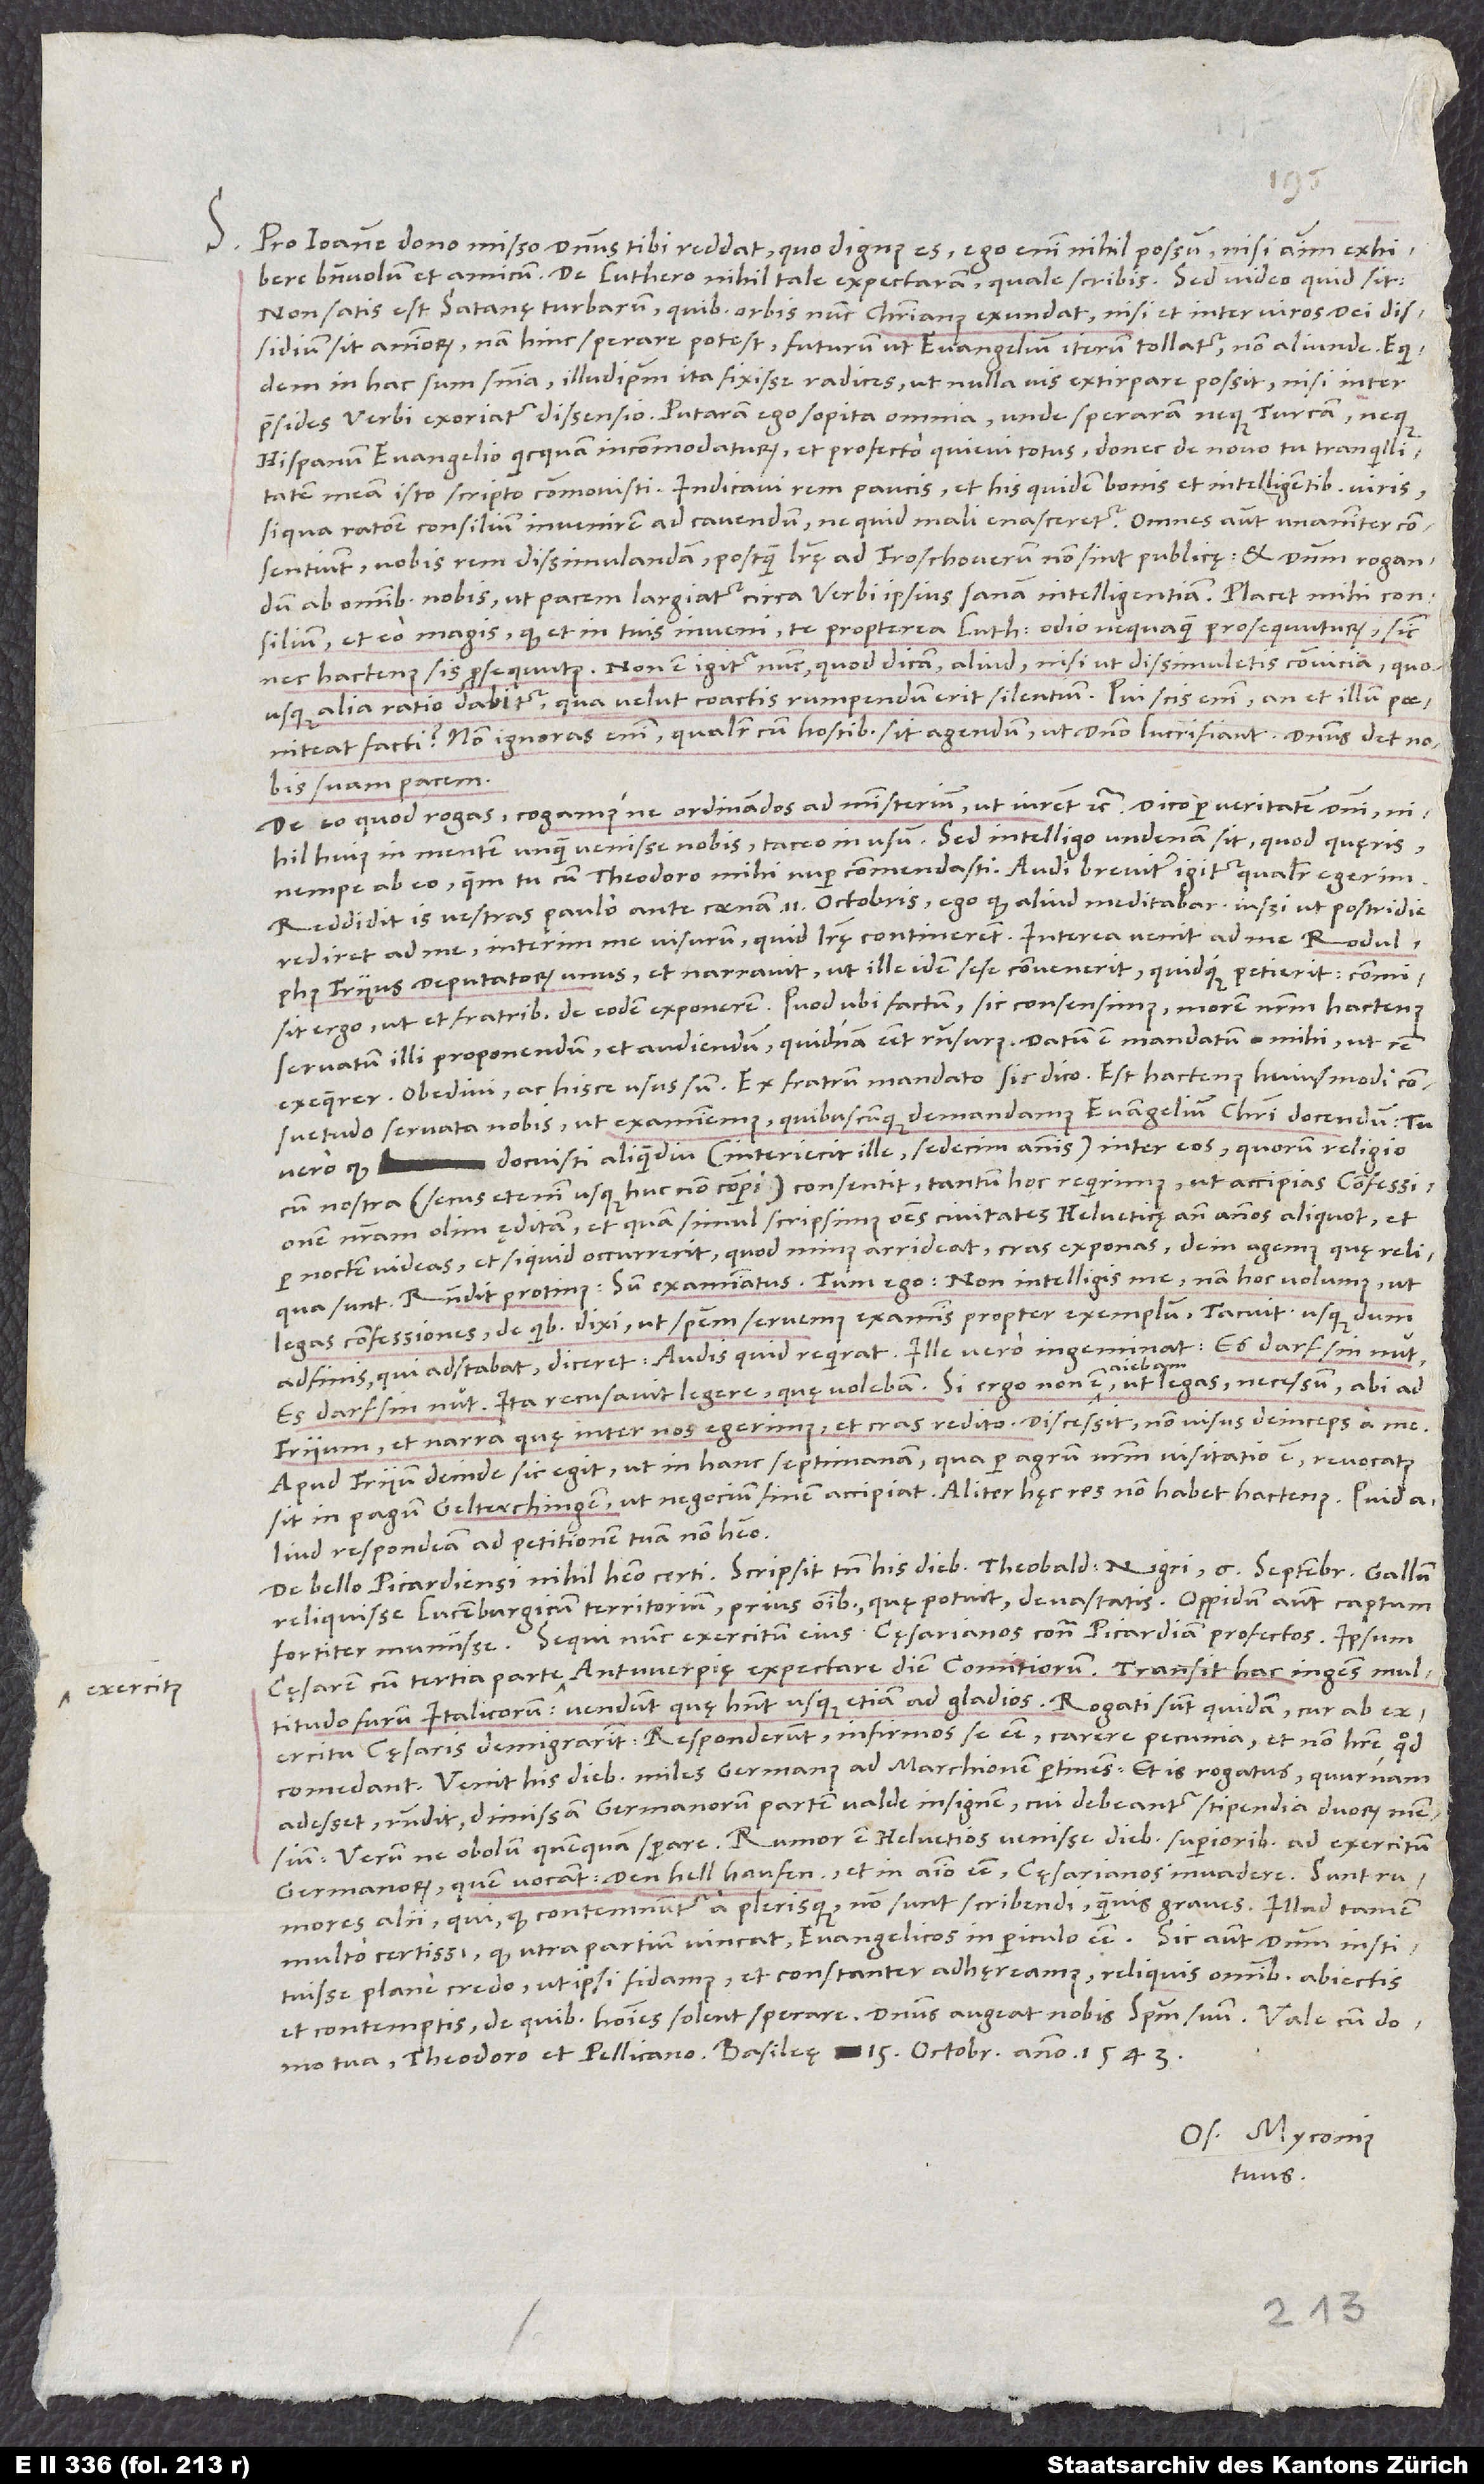
exercitu

S. Pro Ioanne dono misso dominus tibi reddat, quo dignus es; ego enim nihil possum nisi animum exhibere
Non satis est Satanę turbarum, quibus orbis nunc christianus exundat, nisi et inter viros dei dissidium
sit animorum; nam hinc sperare potest futurum, ut evangelium iterum tollatur, non aliunde. Equidem
in hac sum sententia illudipsum ita fixisse radices, ut nulla vis extirpare possit, nisi inter
praesides verbi exoriatur dissensio. Putaram ego sopita omnia, unde speraram neque Turcam neque
Hispanum evangelio quicquam incommodaturum, et profecto quievi totus, donec de novo tu tranquillitatem
consentiunt vobis rem dissimulandam, postquam literę ad Froschouerum non sint publicę, et dominum rogandum
ab omnibus nobis, ut pacem largiatur circa verbi ipsius sanam intelligentiam. Placet mihi consilium,
et eo magis, quod et in tuis inveni te propterea Lutherum odio nequaquam prosequuturum, sicut
nec hactenus sis prosequutus. Non est igitur nunc, quod dicam, aliud, nisi ut dissimuletis convicia, quousque
alia ratio dabitur, qua velut coactis rumpendum erit silentium. Qui scis enim, an et illum paeniteat
facti? Non ignoras enim, qualiter cum hostibus sit agendum, ut domino lucrifiant. Dominus det nobis
suam pacem.
De eo, quod rogas, cogamusne ordinandos ad ministerium, ut iurent etc., dico per veritatem domini
nihil huius in mentem unquam venisse nobis, taceo in usum. Sed intelligo, undenam sit, quod quęris,
nempe ab eo, quem tu cum Theodoro mihi nuper commendasti. Audi breviter igitur, qualiter egerim:
Reddidit is vestras paulo ante coenam 11. octobris; ego, quod aliud meditabar, iussi, ut postridie
rediret ad me; interim me visurum, quid literę continerent. Interea venit ad me Rodulphus
Frijus, deputatorum unus, et narravit, ut ille idem sese convenerit quidque petierit; commisit
ergo, ut et fratribus de eodem exponerem. Quod ubi factum, sic consensimus: morem nostrum hactenus
servatum illi proponendum et audiendum, quidnam esset responsurus. Datum est mandatum mihi, ut rem
exequerer; obedivi ac hisce usus sum: „Ex fratrum mandato“, sic dico, „est hactenus huiusmodi
consuetudo servata nobis, ut examinemus, quibuscunque demandamus evangelium Christi docendum. Tu
docuisti aliquamdiu (interiecit ille: ’sedecim annis’) inter eos, quorum religio
vero, quod
cum nostra (secus etenim usque huc non comperi) consentit, tantum hoc requirimus, ut accipies confessionem
nostram olim ęditam et quam simul scripsimus omnes civitates Helveticę ante annos aliquot, et
per noctem videas, et siquid occurrerit, quod minus arrideat, cras exponas; dein agemus, quę reliqua
sunt.“ Respondit protinus: „Sum examinatus.“ Tum ego: „Non intelligis me; nam hoc volumus, ut
legas confessiones, de quibus dixi, ut speciem servemus examinis propter exemplum.“ Tacuit, usque dum
Frijum et narra, quę inter nos egerimus, et cras redito.“ Discessit non visus deinceps a me.
Apud Frijum deinde sic egit, ut in hanc septimanam, qua per agrum nostrum visitatio est, revocatus
sit in pagum Gelterchingen, ut negocium finem accipiat. Aliter hęc res non habet hactenus.
aliud respondeam ad petitionem tuam, non habeo.
De bello Picardiensi nihil habeo certi. Scripsit tamen his diebus Theobaldus Nigri 6. septembris Gallum
reliquisse Luczenburgicum territorium prius omnibus, quę potuit, devastatis, oppidum autem captum
fortiter muniisse; sequi nunc exercitum eius cęsarianos contra Picardiam profectos; ipsum
cęsarem cum tertia parte exercitus Antwerpię expectare diem comitiorum. Transit hac ingens multitudo
furum Italicorum; vendunt, quę habent, usque etiam ad gladios. Rogati sunt quidam, cur ab
cęsaris demigrarint; responderunt infirmos se esse, carere pecunia et non habere, quod
comedant. Venit his diebus miles Germanus ad marchionem pertinens, et is rogatus, quurnam
adesset, respondit dimissam Germanorum partem valde insignem, cui debeantur stipendia duorum mensium;
verum ne obolum quemquam sperare. Rumor est Helvetios venisse diebus superioribus ad exercitum
Germanorum, quem vocant den hell haufen, et in animo esse cęsarianos invadere. Sunt
rumores alii, qui, quod contemnuntur a plerisque, non sunt scribendi, quamvis graves. Illud tamen
multo certissimum, quod, utra partium vincat, evangelicos in periculo esse. Sic autem dominum instituisse
plane credo, ut ipsi fidamus et constanter adhęreamus reliquis omnibus abiectis
et contemptis, de quibus homines solent sperare. Dominus augeat nobis spiritum suum.
tua, Theodoro et Pellicano. Basileę, 15. octobris anno 1543.
Os. Myconius
tuus.